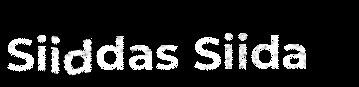
Siiddas Siida